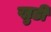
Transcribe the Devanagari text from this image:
खुडी